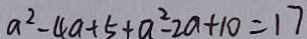
a ^ { 2 } - 4 a + 5 + a ^ { 2 } - 2 a + 1 0 = 1 7